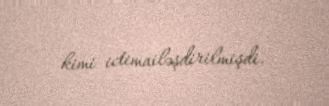
kimi ictimailəşdirilmişdi.